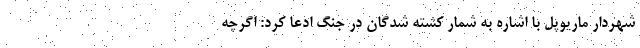
شهردار ماریوپل با اشاره به شمار کشته شدگان در جنگ ادعا کرد: اگرچه